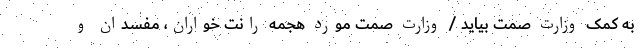
به کمک وزارت صمت بیاید / وزارت صمت مورد هجمه رانت خواران، مفسدان و